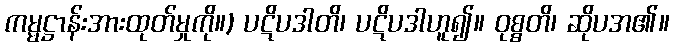
ကမ္မဋ္ဌာန်းအားထုတ်မှုကို။) ပဋိပဒါတိ၊ ပဋိပဒါဟူ၍။ ဝုစ္စတိ၊ ဆိုပအ၏။